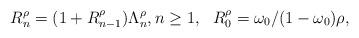
LaTeX: \begin{align*}R_n^\rho= (1+R_{n-1}^\rho) \Lambda_n^\rho, n \ge 1, ~~ R_0^\rho= \omega_0/(1-\omega_0)\rho,\end{align*}